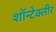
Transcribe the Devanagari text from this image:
शॉन्टेक्लीर